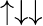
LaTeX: \uparrow\downarrow\downarrow